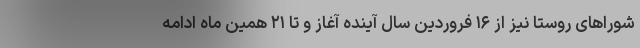
شوراهای روستا نیز از ۱۶ فروردین سال آینده آغاز و تا ۲۱ همین ماه ادامه